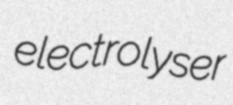
electrolyser